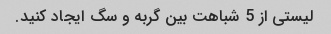
لیستی از 5 شباهت بین گربه و سگ ایجاد کنید.